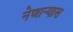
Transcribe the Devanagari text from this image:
नेणाऱ्यास